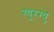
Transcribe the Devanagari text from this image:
ग्युरग्यु